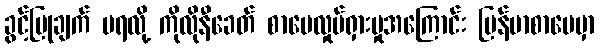
ခွင့်ပြုချက် မရလို့ ကိုလိုနီခေတ် စာပေလှုပ်ရှားမှုအကြောင်း မြန်မာစာပေမှာ